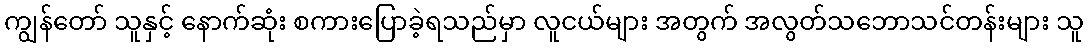
ကျွန်တော် သူနှင့် နောက်ဆုံး စကားပြောခဲ့ရသည်မှာ လူငယ်များ အတွက် အလွတ်သဘောသင်တန်းများ သူ